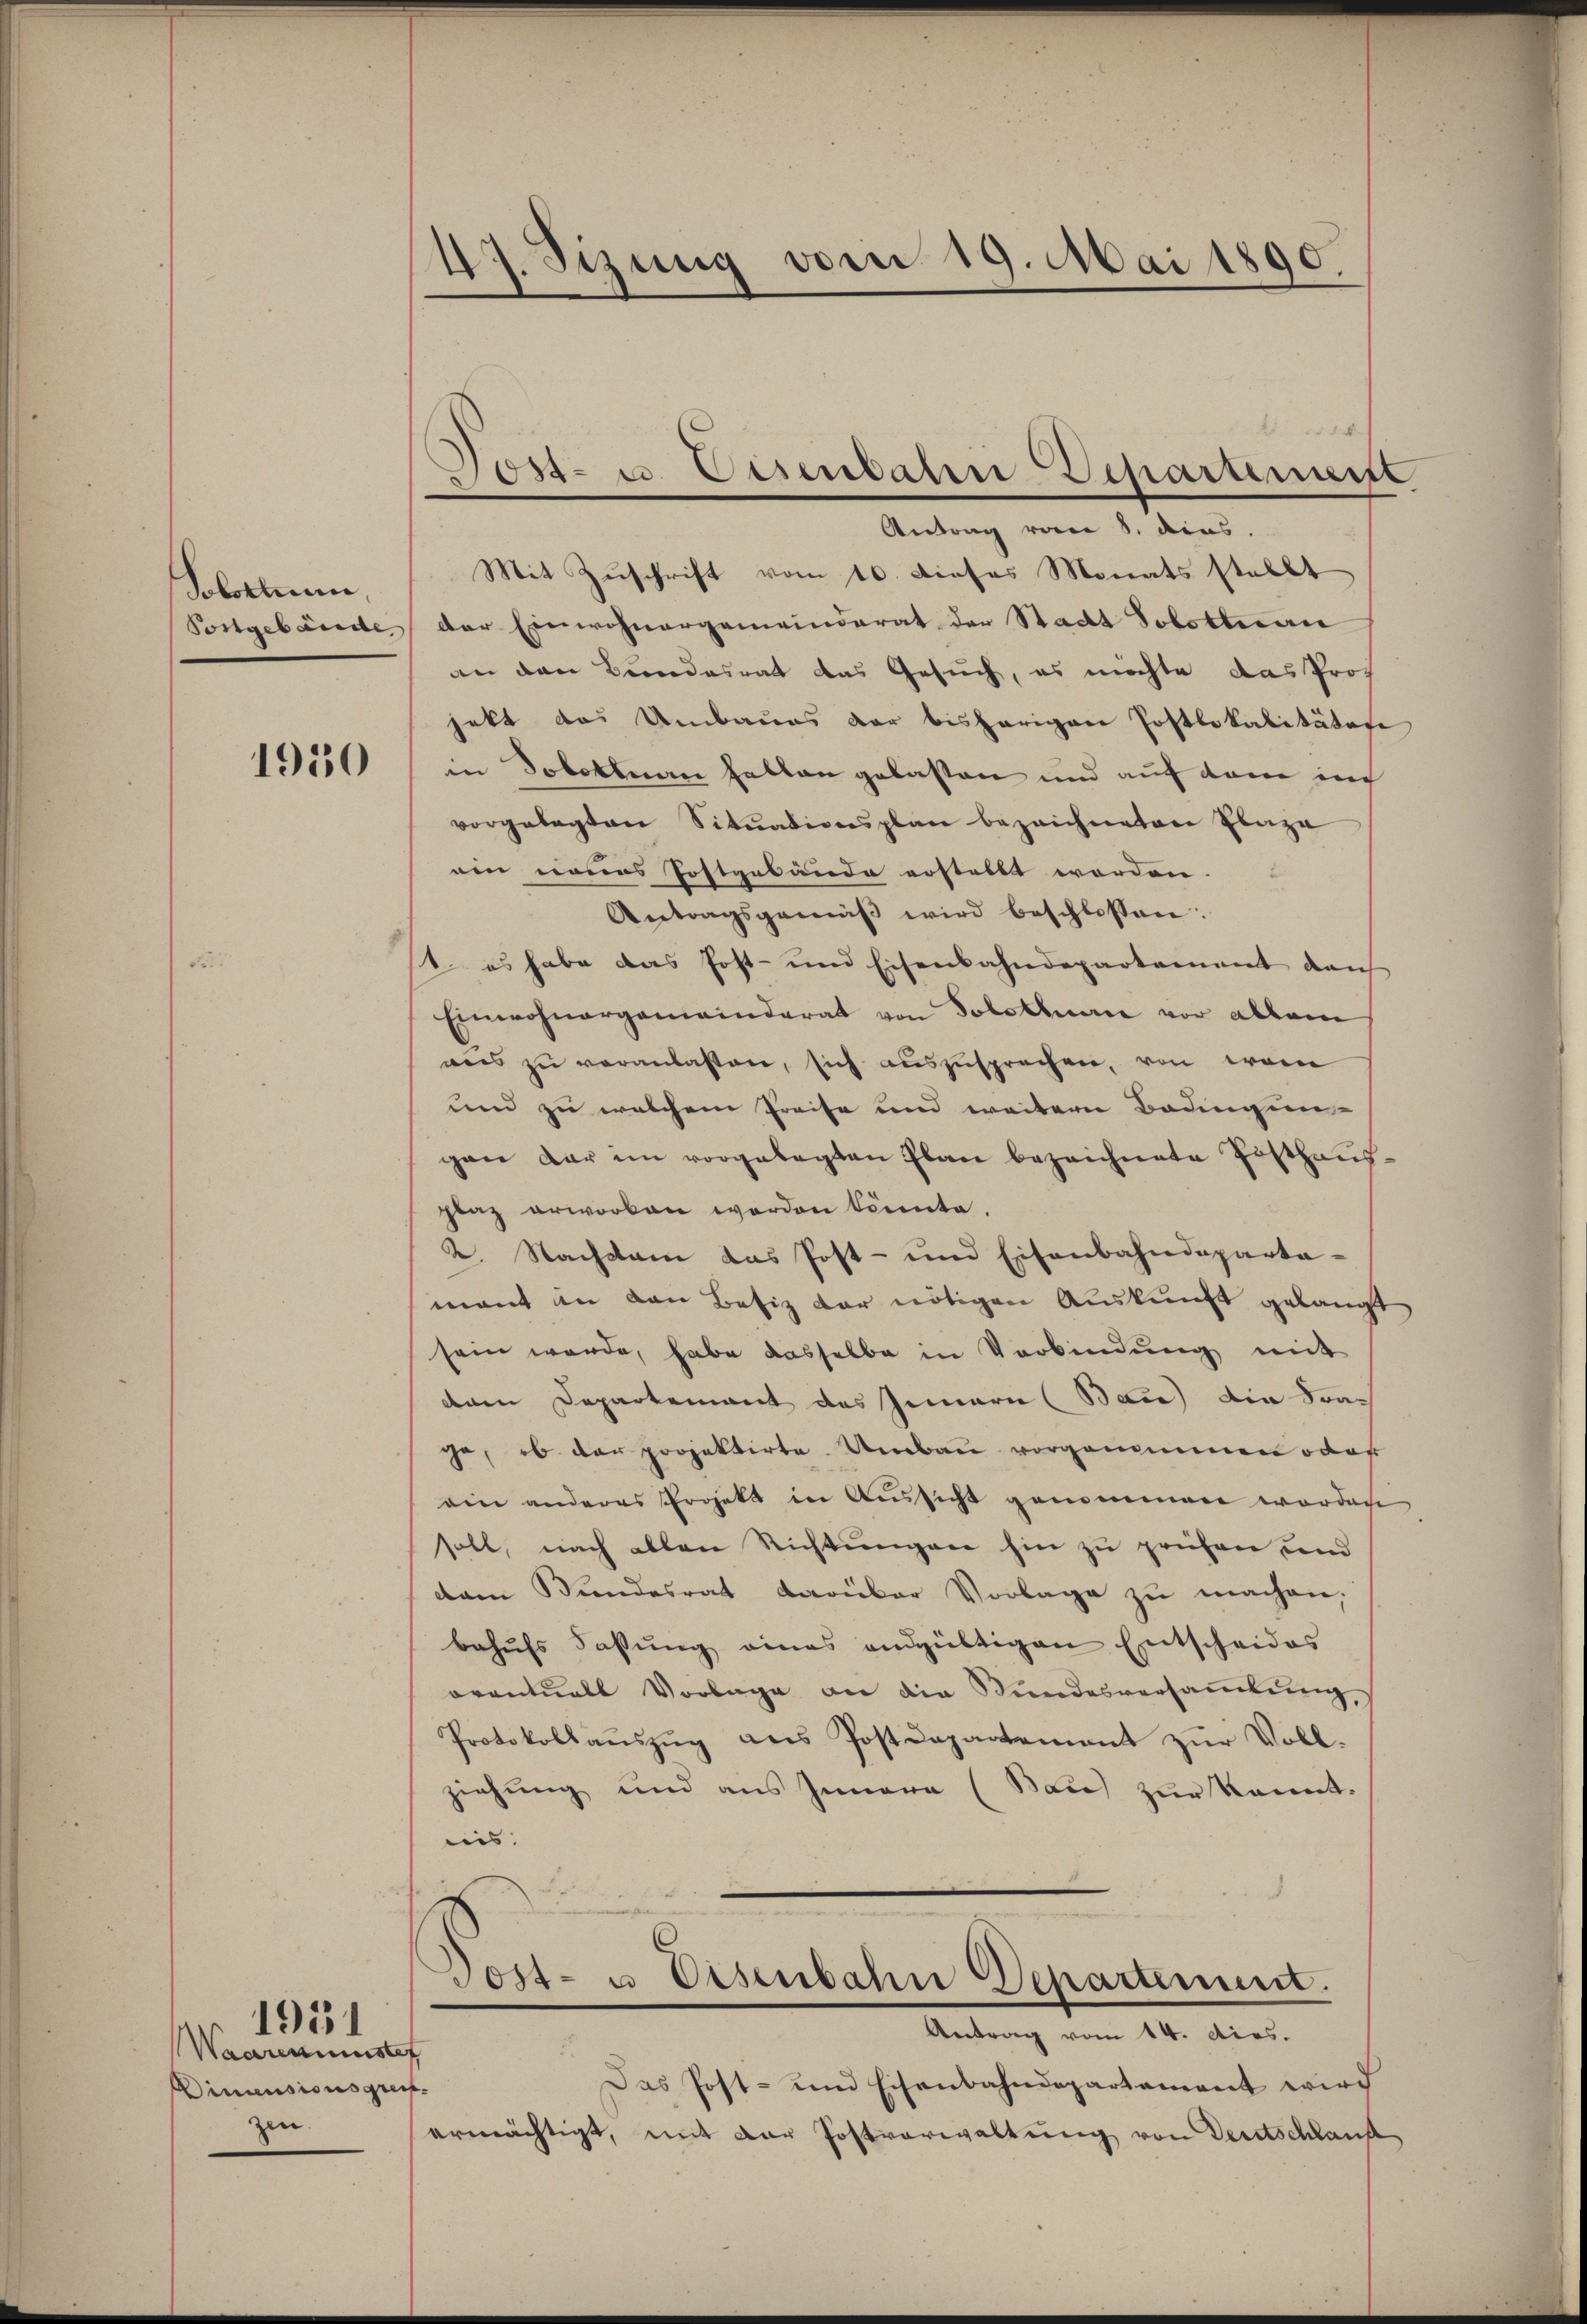
Solothurn,

1950

Waarenministet
Dimensionsgreifzen.

1931

47. Sizung vom 19. Mai 1890.

Mit Zuschrift vom 10. dieses Monats stellt
Postgebäude der Einwohnergemeinderat der Stadt Solottuai
an den Bundesrat das Gesuch, es möchte das Prof
jekt das Umbaues der bisherigen Postlokalitätere
in Dobottnau halten gelasten und auf dem in
vorgelegten Sitŭadionsplan bezeichneten Plaza
ein neues Postgebäude erstellt worden.
Antragsgemäβ wird beschlossen:
st, es habe das Post- und Eisenbahndepartement dans
Einwohnergemeinderat von Solothurn vor allem
aŭs zŭ veranlassen, sich auszusprechen, von wei
und zu welchem Preise und weitern Bedingun-
gan dar im vorgelegten Plan bezeichnete Posthausplaz erworben worden könnte.
2. Nachdam das Post- und Eisenbahndeparta-
mant in den Besiz der nötigen Auskunft gelangt
sein werde, habe dasselbe in Verbindung mit
dem Departement des Innern (Bau) die Frace, ob der projektirte Umbau vorgenommen oder
ein anderes Projekt in Aŭssicht genommen worden
soll, nach allen Richtungen hin zu prüfen und
dam Bundesrat darüber Vorlage zu machen.
behŭfs Fassŭng eines endgültigen Entscheides
oventuell Vorlage an die Stŭndesversaṁlŭng
Protokollaŭszŭg ans Postdepartement zŭr Voll-
ziehung und aus Innern (Sau) zur kannt.
eis. |
Post- u Eisenbahn Departement.
Antrag vom 14. dies.
2
Das Post- und Eisenbahndepartament wird
ermächtigt, mit der Postverwaltung von Deutschlauf

Post- u. Eisenbahn Departement
Antrag vom 8. dies.